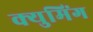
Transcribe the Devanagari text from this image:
क्युमिंग